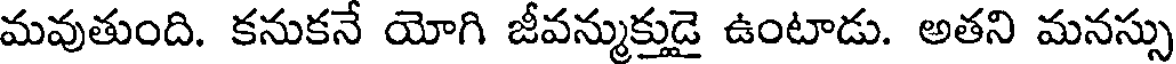
మవుతుంది. కనుకనే యోగి జీవన్ముక్తుడై ఉంటాడు. అతని మనస్సు